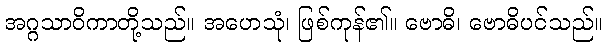
အဂ္ဂသာဝိကာတို့သည်။ အဟေသုံ၊ ဖြစ်ကုန်၏။ ဗောဓိ၊ ဗောဓိပင်သည်။